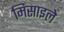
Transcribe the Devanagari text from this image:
मिसाइले